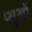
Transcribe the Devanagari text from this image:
प्शुओं